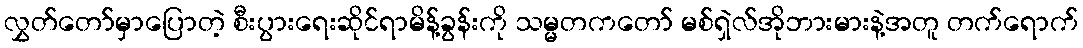
လွှတ်တော်မှာပြောတဲ့ စီးပွားရေးဆိုင်ရာမိန့်ခွန်းကို သမ္မတကတော် မစ်ရှဲလ်အိုဘားမားနဲ့အတူ တက်ရောက်